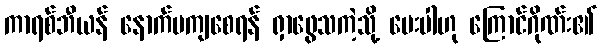
ကာရစ်ဘီယန် နောက်မကျစေရန် ရှာဖွေသကဲ့သို့ မေးပါဟု ကြောင်ဂိုဏ်း၏